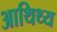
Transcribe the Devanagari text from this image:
आथिथ्य